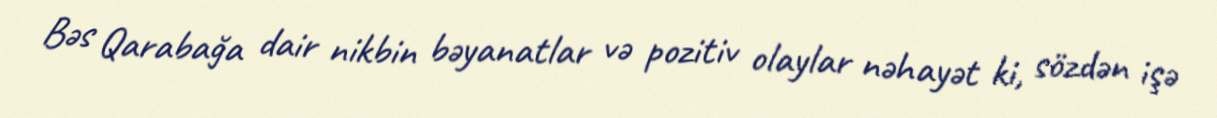
Bəs Qarabağa dair nikbin bəyanatlar və pozitiv olaylar nəhayət ki, sözdən işə